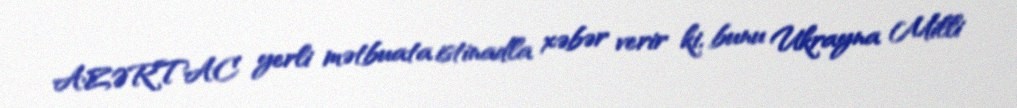
AZƏRTAC yerli mətbuata istinadla xəbər verir ki, bunu Ukrayna Milli